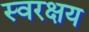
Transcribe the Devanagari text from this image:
स्वरक्षय